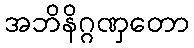
အဘိနိဂ္ဂဏှတော